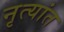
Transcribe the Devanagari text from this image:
नृत्यांत